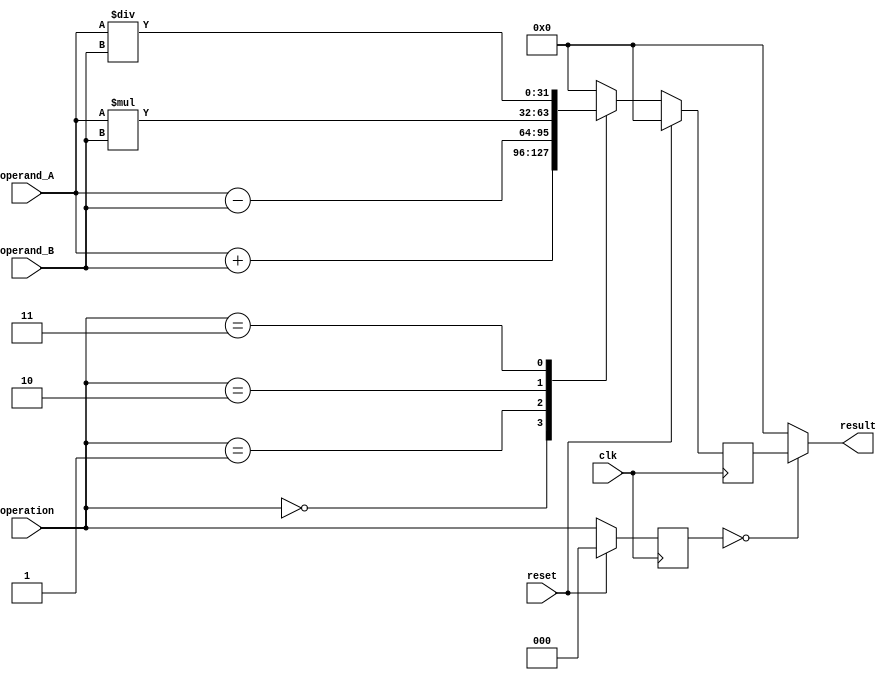
module floating_point_ALU (
  input wire clk,
  input wire reset,
  input wire [31:0] operand_A,
  input wire [31:0] operand_B,
  input wire [2:0] operation,
  output reg [31:0] result
);

// Functional blocks
reg [31:0] data_path_out;
reg [2:0] control_out;

// Data path unit
always @(posedge clk) begin
  if (reset) begin
    data_path_out <= 32'b0;
  end else begin
    case(operation)
      3'b000: data_path_out <= operand_A + operand_B; // Addition
      3'b001: data_path_out <= operand_A - operand_B; // Subtraction
      3'b010: data_path_out <= operand_A * operand_B; // Multiplication
      3'b011: data_path_out <= operand_A / operand_B; // Division
      default: data_path_out <= 32'b0;
    endcase
  end
end

// Control unit
always @(posedge clk) begin
  if (reset) begin
    control_out <= 3'b000;
  end else begin
    control_out <= operation;
  end
end

// Arithmetic Logic Unit
always @(*) begin
  case(control_out)
    3'b000: result = data_path_out; // Output result from data path unit
    // Add more cases for specific arithmetic operations if needed
    default: result = 32'b0;
  endcase
end

endmodule